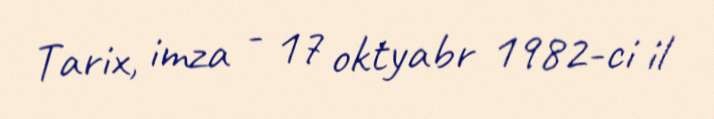
Tarix, imza - 17 oktyabr 1982-ci il